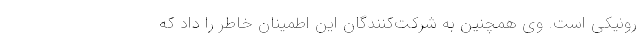
رونیکی است. وی همچنین به شرکت‌کنندگان این اطمینان خاطر را داد که